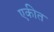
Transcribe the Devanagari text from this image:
एकीत